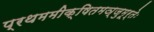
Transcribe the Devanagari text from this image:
प्रथममीक्षितमञ्जुमूर्तेः